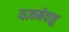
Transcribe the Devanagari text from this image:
यज्ञमेवाहु